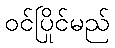
ဝင်ပြိုင်မည်